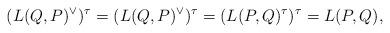
LaTeX: \begin{align*}(L(Q,P)^\vee)^\tau=(L(Q,P)^\vee)^\tau=(L(P,Q)^\tau)^\tau=L(P,Q),\end{align*}